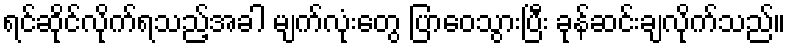
ရင်ဆိုင်လိုက်ရသည့်အခါ မျက်လုံးတွေ ပြာဝေသွားပြီး ခုန်ဆင်းချလိုက်သည်။